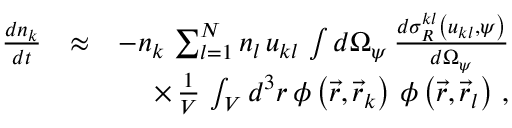
\begin{array} { r l r } { \frac { d n _ { k } } { d t } } & { \approx } & { - n _ { k } \, \sum _ { l = 1 } ^ { N } n _ { l } \, u _ { k l } \, \int d \Omega _ { \psi } \, \frac { d \sigma _ { R } ^ { k l } \left( u _ { k l } , \psi \right) } { d \Omega _ { \psi } } } \\ & { } & { \times \, \frac { 1 } { V } \, \int _ { V } d ^ { 3 } r \, \phi \left( \vec { r } , \vec { r } _ { k } \right) \, \phi \left( \vec { r } , \vec { r } _ { l } \right) \, , } \end{array}